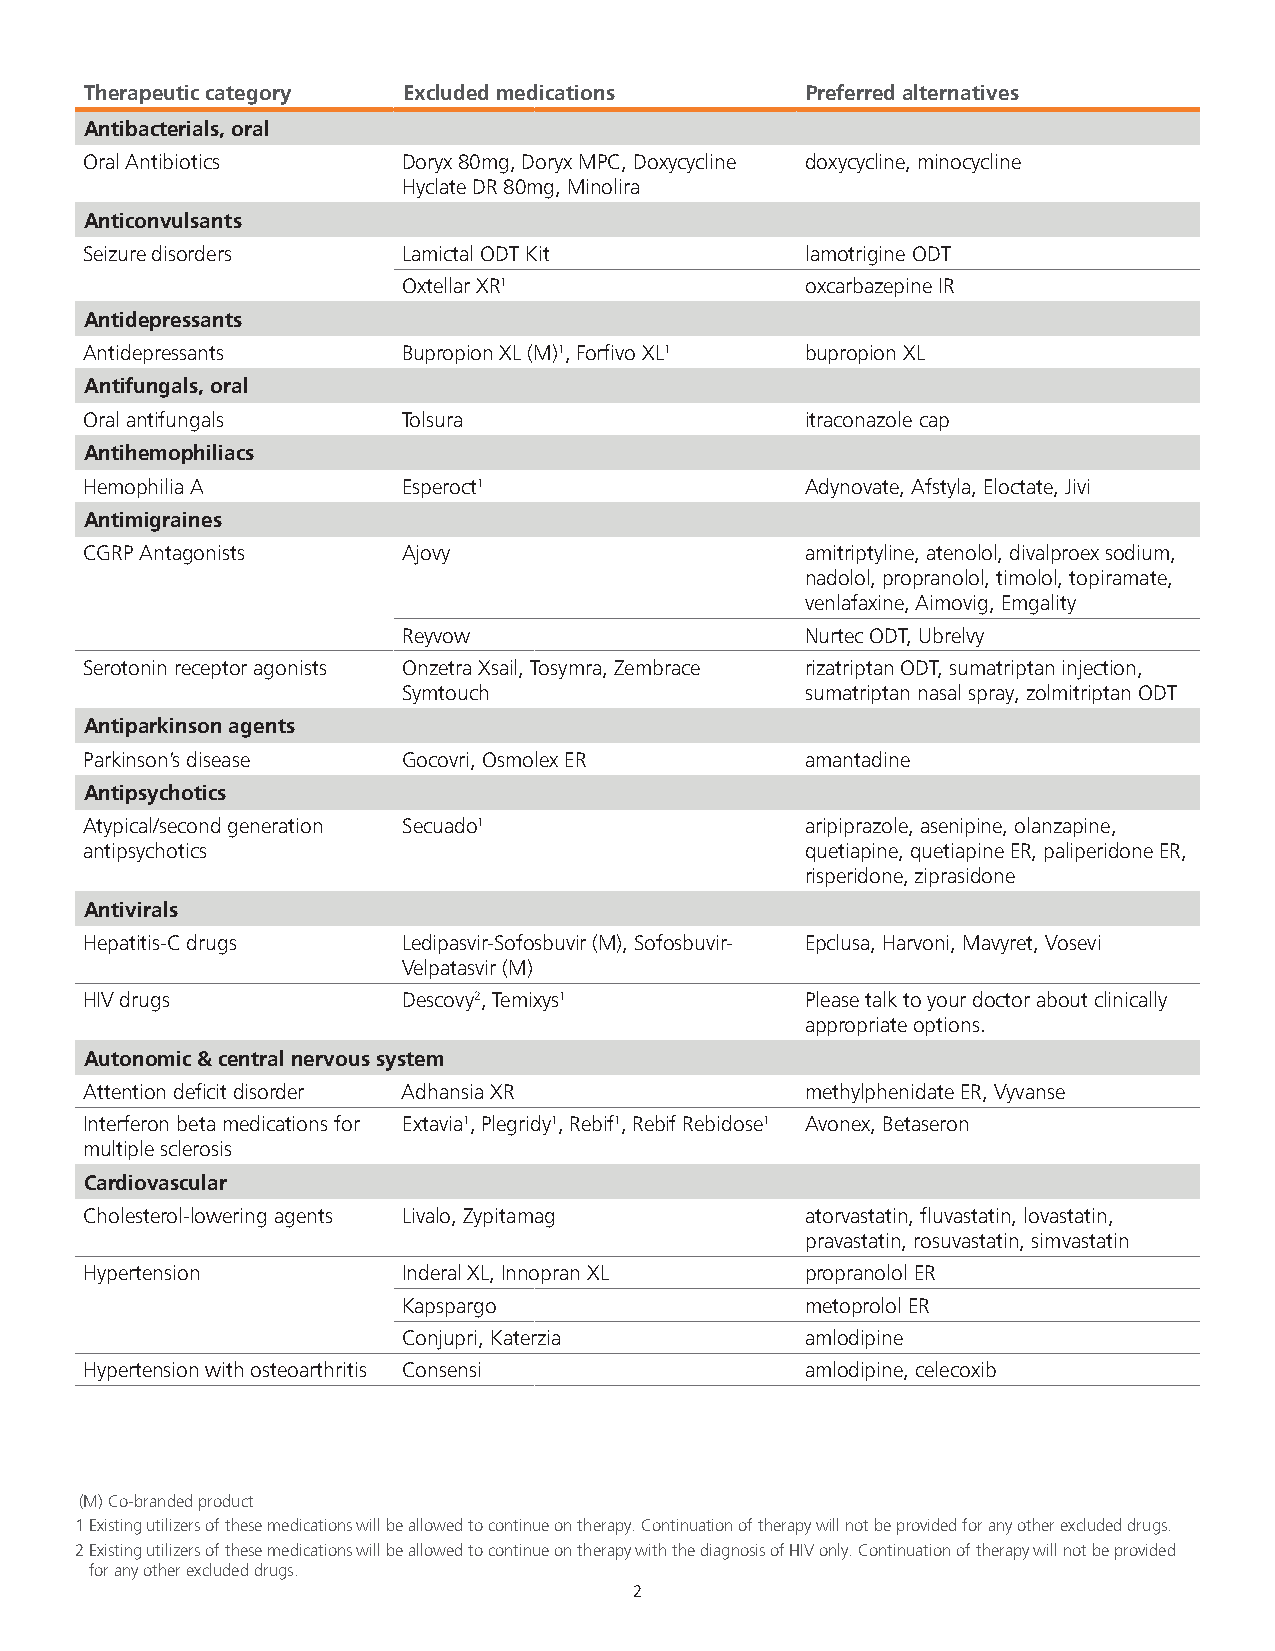
Therapeutic category Excluded medications      Preferred alternatives
 Antibacterials, oral
 Oral Antibiotics     Doryx 80mg, Doryx MPC, Doxycycline doxycycline, minocycline
 Hyclate DR 80mg, Minolira
 Anticonvulsants
 Seizure disorders    Lamictal ODT Kit          lamotrigine ODT
 Oxtellar XR1              oxcarbazepine IR
 Antidepressants
 Antidepressants      Bupropion XL (M)1, Forfivo XL1 bupropion XL
 Antifungals, oral
 Oral antifungals     Tolsura                   itraconazole cap
 Antihemophiliacs
 Hemophilia A         Esperoct1                 Adynovate, Afstyla, Eloctate, Jivi
 Antimigraines
 CGRP Antagonists     Ajovy                     amitriptyline, atenolol, divalproex sodium,
 nadolol, propranolol, timolol, topiramate,
 venlafaxine, Aimovig, Emgality
 Reyvow                    Nurtec ODT, Ubrelvy
 Serotonin receptor agonists Onzetra Xsail, Tosymra, Zembrace rizatriptan ODT, sumatriptan injection,
 Symtouch                  sumatriptan nasal spray, zolmitriptan ODT
 Antiparkinson agents
 Parkinson’s disease  Gocovri, Osmolex ER       amantadine
 Antipsychotics
 Atypical/second generation Secuado1            aripiprazole, asenipine, olanzapine,
 antipsychotics                                 quetiapine, quetiapine ER, paliperidone ER,
 risperidone, ziprasidone
 Antivirals
 Hepatitis-C drugs    Ledipasvir-Sofosbuvir (M), Sofosbuvir- Epclusa, Harvoni, Mavyret, Vosevi
 Velpatasvir (M)
 HIV drugs            Descovy2, Temixys1        Please talk to your doctor about clinically
 appropriate options.
 Autonomic & central nervous system
 Attention deficit disorder Adhansia XR         methylphenidate ER, Vyvanse
 Interferon beta medications for Extavia1, Plegridy1, Rebif1, Rebif Rebidose1 Avonex, Betaseron
 multiple sclerosis
 Cardiovascular
 Cholesterol-lowering agents Livalo, Zypitamag  atorvastatin, fluvastatin, lovastatin,
 pravastatin, rosuvastatin, simvastatin
 Hypertension         Inderal XL, Innopran XL   propranolol ER
 Kapspargo                 metoprolol ER
 Conjupri, Katerzia        amlodipine
 Hypertension with osteoarthritis Consensi      amlodipine, celecoxib
 (M) Co-branded product
 1 Existing utilizers of these medications will be allowed to continue on therapy. Continuation of therapy will not be provided for any other excluded drugs.
 2 Existing utilizers of these medications will be allowed to continue on therapy with the diagnosis of HIV only. Continuation of therapy will not be provided
 for any other excluded drugs.
 2